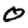
Digit: 0